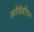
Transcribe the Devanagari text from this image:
लोंवेवीण